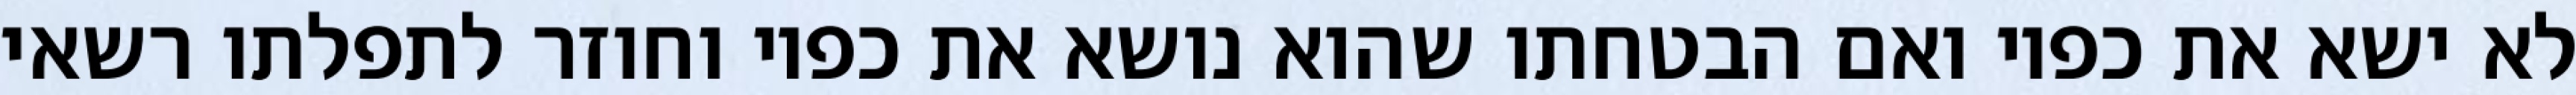
לא ישא את כפיו ואם הבטחתו שהוא נושא את כפיו וחוזר לתפלתו רשאי